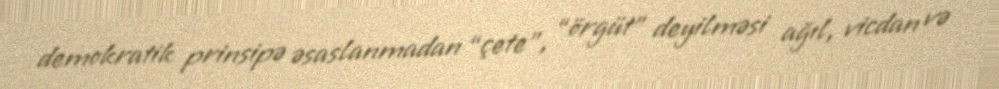
demokratik prinsipə əsaslanmadan “çete”, “örgüt” deyilməsi ağıl, vicdan və